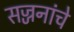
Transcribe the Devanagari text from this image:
सज्जनांचे